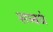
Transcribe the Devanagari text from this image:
सम्बधं